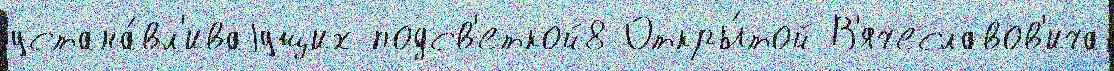
устана́вл'иваjущих подсв'еткой8 Откры́той В'ячеславов'ича